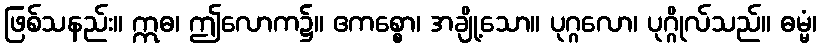
ဖြစ်သနည်း။ ဣဓ၊ ဤလောက၌။ ဧကစ္စော၊ အချို့သော။ ပုဂ္ဂလော၊ ပုဂ္ဂိုလ်သည်။ ဓမ္မံ၊